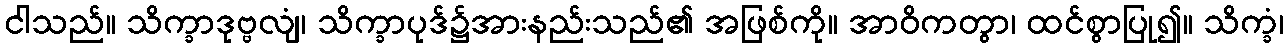
ငါသည်။ သိက္ခာဒုဗ္ဗလျံ၊ သိက္ခာပုဒ်၌အားနည်းသည်၏ အဖြစ်ကို။ အာဝိကတွာ၊ ထင်စွာပြု၍။ သိက္ခံ၊